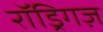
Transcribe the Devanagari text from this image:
रॉड्रिगज़